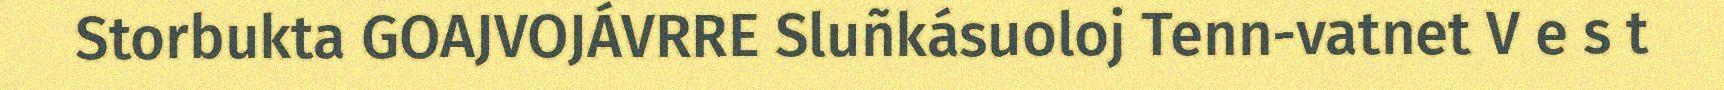
Storbukta GOAJVOJÁVRRE Sluñkásuoloj Tenn-vatnet V e s t